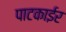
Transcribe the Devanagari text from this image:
पाटकाईर